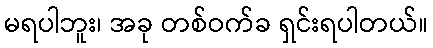
မရပါဘူး၊ အခု တစ်ဝက်ခ ရှင်းရပါတယ်။